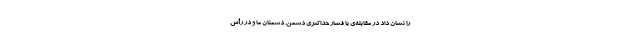
را نشان داد در مقابله‌ی با فشار حدّاکثری دشمن. دشمنان ما و در رأس